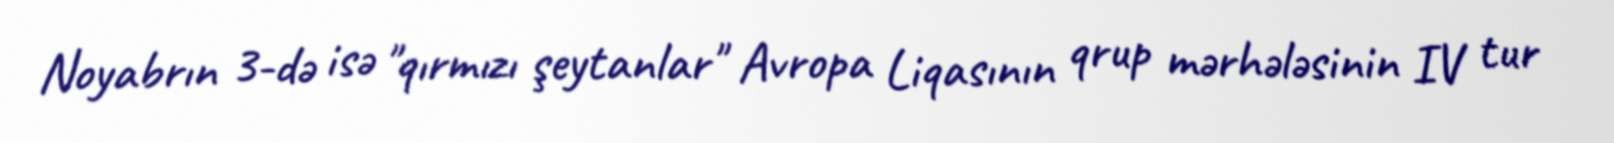
Noyabrın 3-də isə "qırmızı şeytanlar" Avropa Liqasının qrup mərhələsinin IV tur